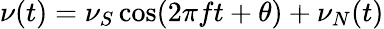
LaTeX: \nu(t)=\nu_{S}\cos(2\pi ft+\theta)+\nu_{N}(t)